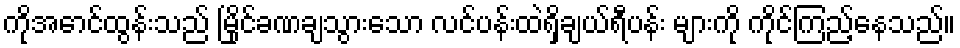
ကိုအောင်ထွန်းသည် မြိုင်ခဏချသွားသော လင်ပန်းထဲရှိချယ်ရီပန်း များကို ကိုင်ကြည့်နေသည်။